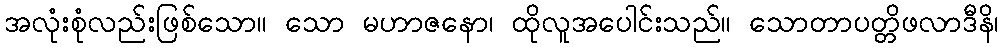
အလုံးစုံလည်းဖြစ်သော။ သော မဟာဇနော၊ ထိုလူအပေါင်းသည်။ သောတာပတ္တိဖလာဒီနိ၊